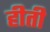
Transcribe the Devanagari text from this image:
हीती